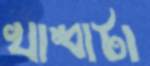
খাম্বাটা